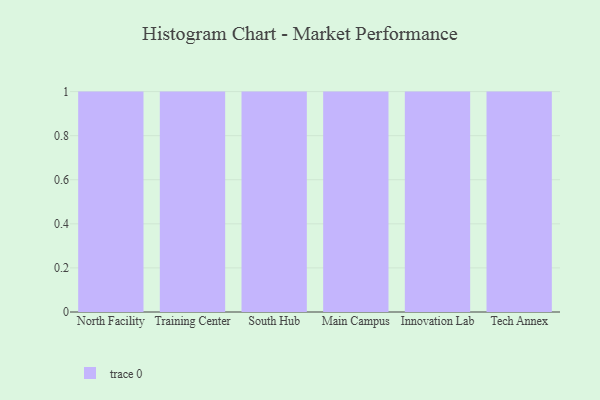
{"axis": {"x": "Campus", "y": "Waste Production (Tons)"}, "legend": [""], "data": [{"x": "North Facility", "y": 16, "type": ""}, {"x": "Training Center", "y": 36, "type": ""}, {"x": "South Hub", "y": 85, "type": ""}, {"x": "Main Campus", "y": 15, "type": ""}, {"x": "Innovation Lab", "y": 95, "type": ""}, {"x": "Tech Annex", "y": 64, "type": ""}]}